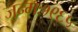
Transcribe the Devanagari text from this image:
जन्मः१९६५